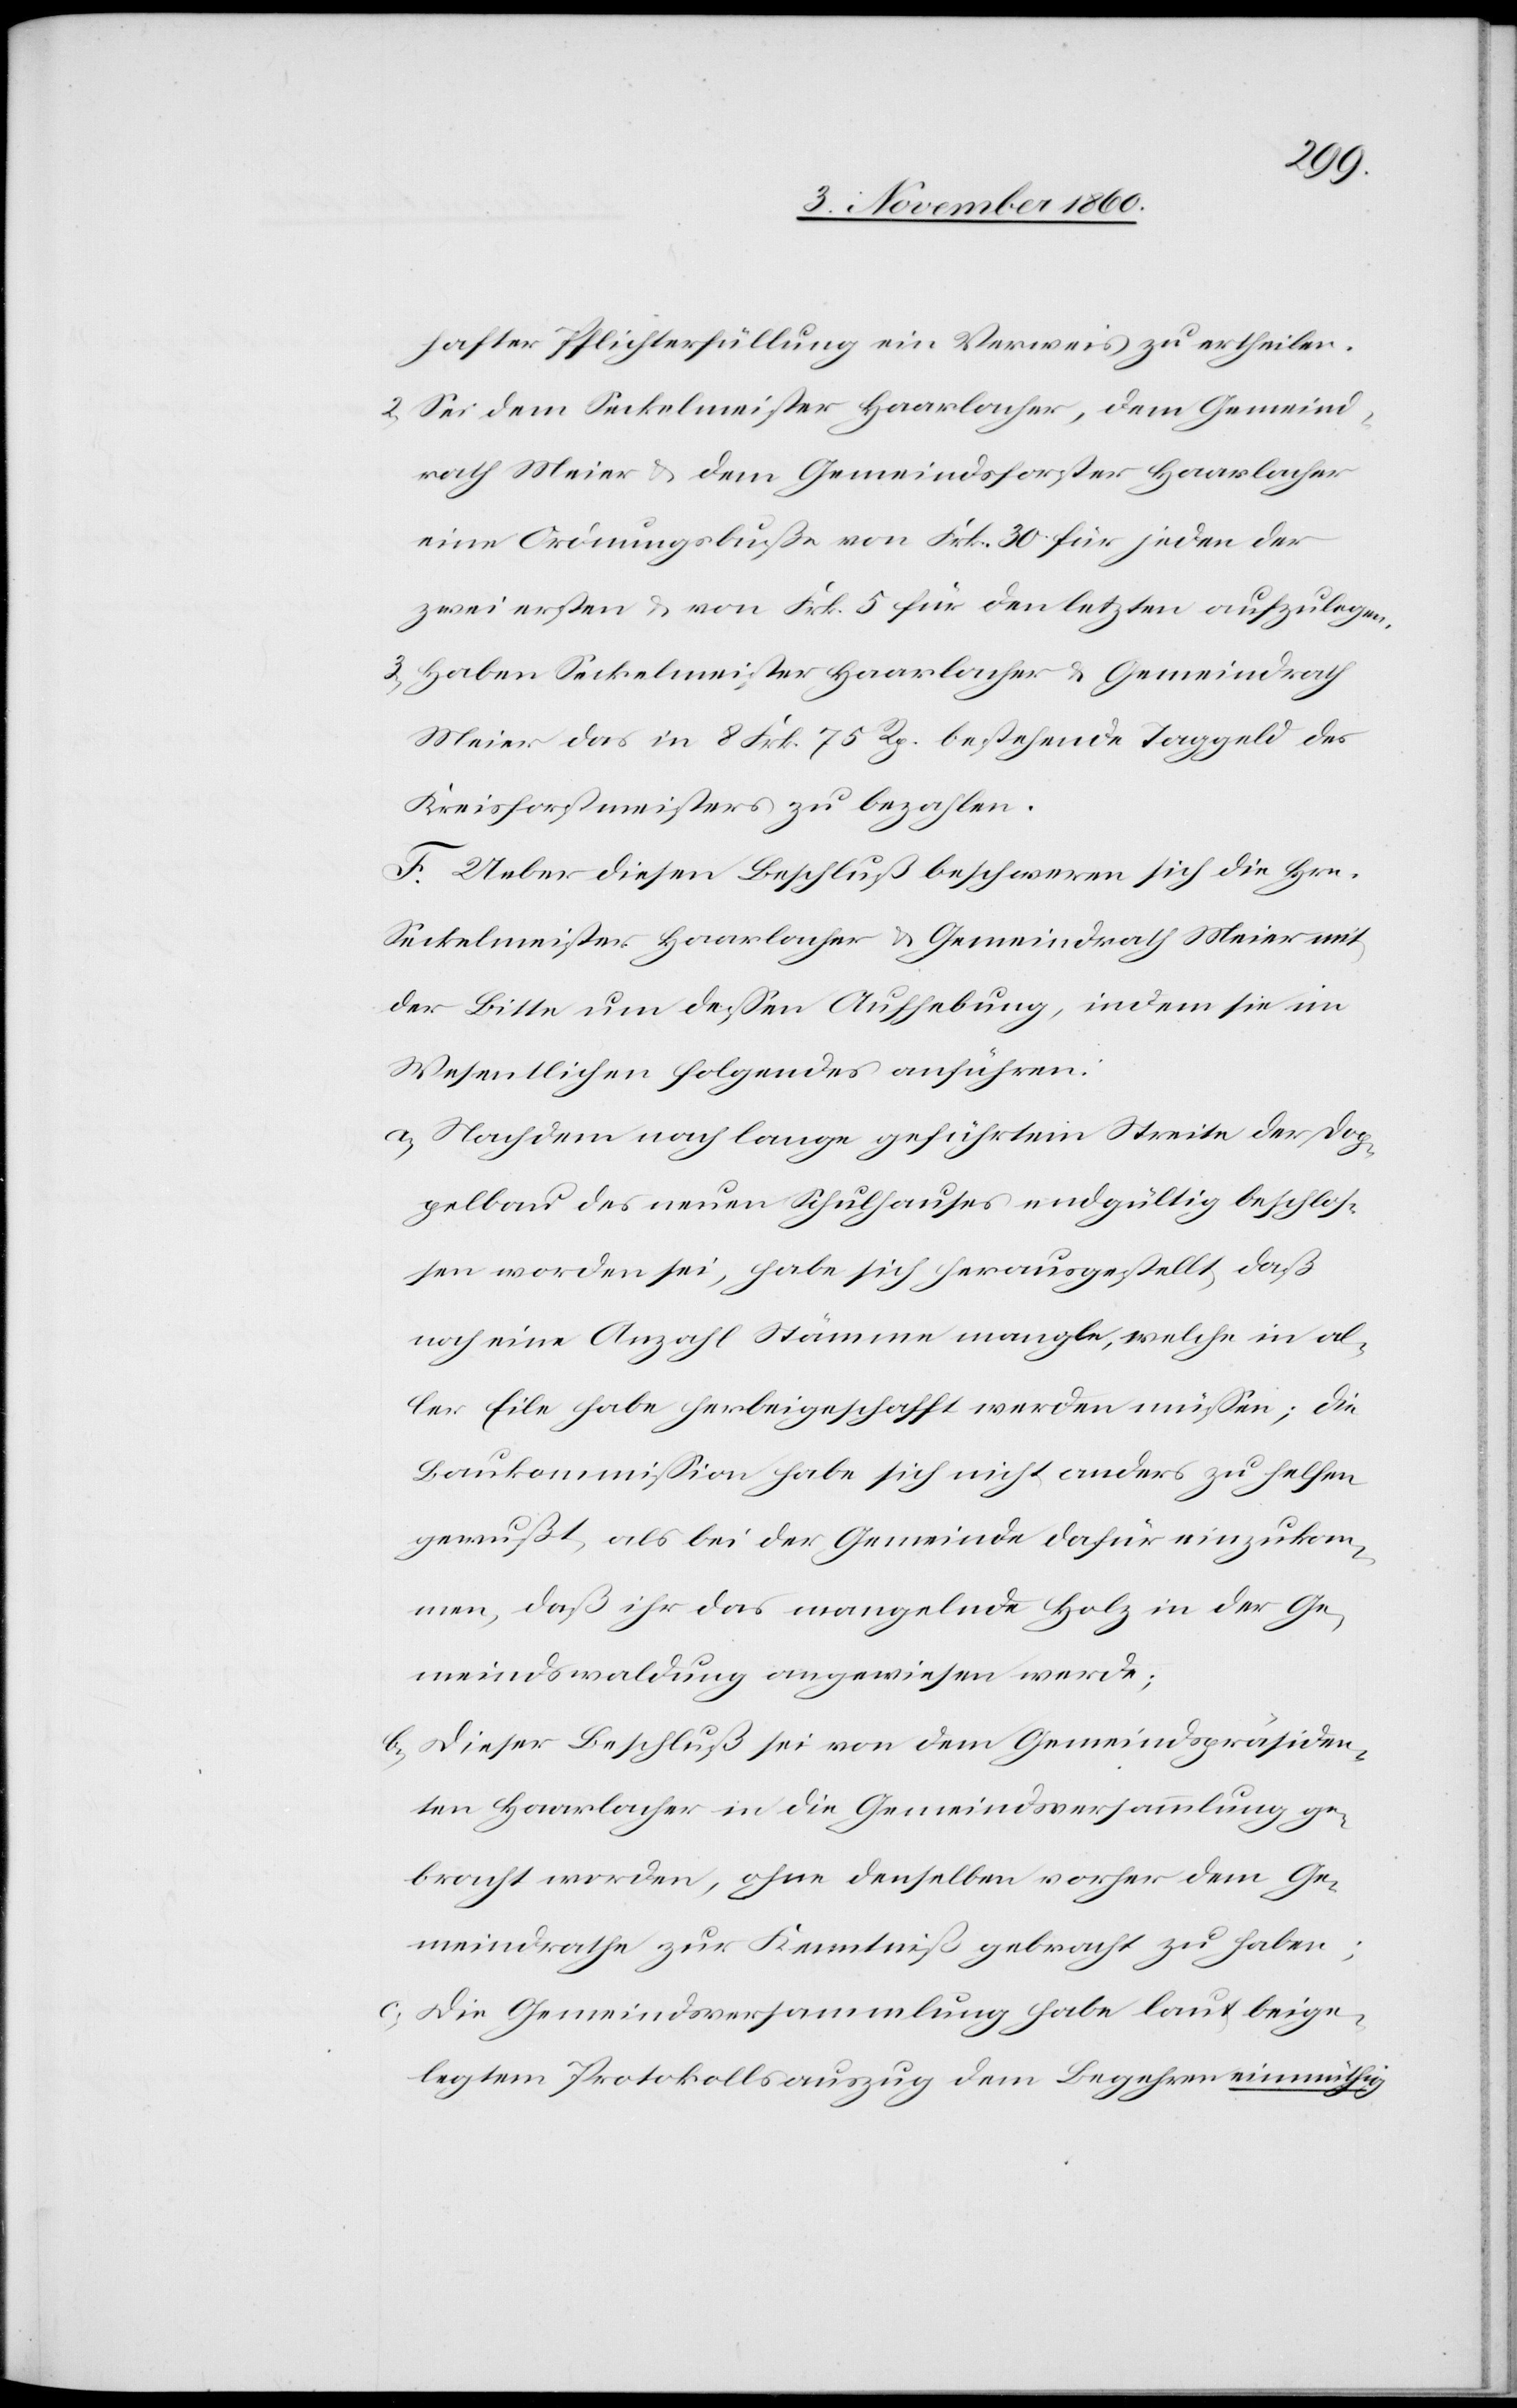
hafter Pflichterfüllung ein Verweis zu ertheilen.
2) Sei dem Seckelmeister Haarlacher, dem Gemeind¬
rath Meier u. dem Gemeindsforster Haarlacher
eine Ordnungsbuße von Frk. 30 für jeden der
zwei ersten u. von Frk. 5 für den letzten aufzulegen.
3) Haben Seckelmeister Haarlacher u. Gemeindrath
Meier das in 8 Frk. 75 Rp. bestehende Taggeld des
Kreisforstmeisters zu bezahlen.
F. Ueber diesen Beschluß beschweren sich die Hrn.
Seckelmeister Haarlacher u. Gemeindrath Meier mit
der Bitte um dessen Aufhebung, indem sie im
Wesentlichen folgendes anführen:
a) Nachdem nach lange geführtem Streite der Dop¬
pelbau des neuen Schulhauses endgültig beschlos¬
sen worden sei, habe sich herausgestellt, daß
noch eine Anzahl Stämme mangle, welche in al¬
ler Eile habe herbeigeschafft werden müssen; die
Baukommission habe sich nicht anders zu helfen
gewußt, als bei der Gemeinde dafür einzukom¬
men, daß ihr das mangelnde Holz in der Ge¬
meindswaldung angewiesen werde;
b) Dieser Beschluß sei von dem Gemeindspräsiden¬
ten Haarlacher in die Gemeindsversammlung ge¬
bracht worden, ohne denselben vorher dem Ge¬
meindrathe zur Kenntniß gebracht zu haben;
c) Die Gemeindsversammlung habe laut beige¬
legtem Protokollsauszug dem Begehren einmüthig